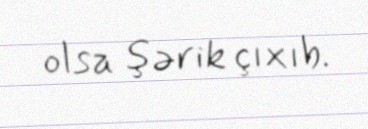
olsa şərik çıxıb.